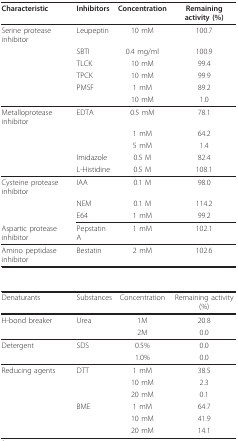
| Characteristic | Inhibitors | Concentration | Remaining activity (%) |
 | --- | --- | --- | --- |
 | Serine protease inhibitor | Leupeptin | 10 mM | 100.7 |
 |  | SBTI | 0.4 mg/ml | 100.9 |
 |  | TLCK | 10 mM | 99.4 |
 |  | TPCK | 10 mM | 99.9 |
 |  | PMSF | 1 mM | 89.2 |
 |  |  | 10 mM | 1.0 |
 | Metalloprotease inhibitor | EDTA | 0.5 mM | 78.1 |
 |  |  | 1 mM | 64.2 |
 |  |  | 5 mM | 1.4 |
 |  | Imidazole | 0.5 M | 82.4 |
 |  | L-Histidine | 0.5 M | 108.1 |
 | Cysteine protease inhibitor | IAA | 0.1 M | 98.0 |
 |  | NEM | 0.1 M | 114.2 |
 |  | E64 | 1 mM | 99.2 |
 | Aspartic protease inhibitor | Pepstatin A | 1 mM | 102.1 |
 | Amino peptidase inhibitor | Bestatin | 2 mM | 102.6 |
 | Denaturants | Substances | Concentration | Remaining activity (%) |
 | H-bond breaker | Urea | 1M | 20.8 |
 |  |  | 2M | 0.0 |
 | Detergent | SDS | 0.5% | 0.0 |
 |  |  | 1.0% | 0.0 |
 | Reducing agents | DTT | 1 mM | 38.5 |
 |  |  | 10 mM | 2.3 |
 |  |  | 20 mM | 0.1 |
 |  | BME | 1 mM | 64.7 |
 |  |  | 10 mM | 41.9 |
 |  |  | 20 mM | 14.1 |